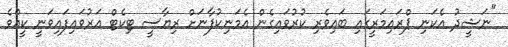
"ނަޝީދު އެކަނި ޕްރައިމަރީގައި ބައިވެރި ކުރުވައިގެން އެމަނިކުފާނަށް ރިޔާސީ ޓިކެޓް އަރުވައިފައިވަނީ ކީއްވެ